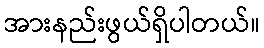
အားနည်းဖွယ်ရှိပါတယ်။